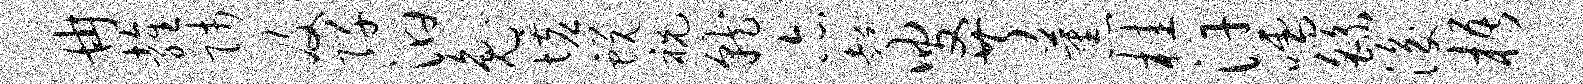
冉雍师及阡汩兔墟蜕祝就亦超叟芹蕉桂汗嚅繇浚梧